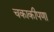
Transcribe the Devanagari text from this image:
चकाकीपणा